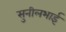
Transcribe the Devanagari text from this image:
सुनीलभाई